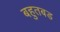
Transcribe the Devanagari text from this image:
बहुतबड